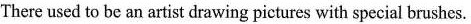
There used to be an artist drawing pictures with special brushes.